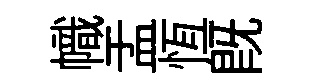
幟盂恆既